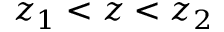
z _ { 1 } < z < z _ { 2 }